Lunatic asylums Bombay report 1878-1890 - 1878-1890
Year: 1878
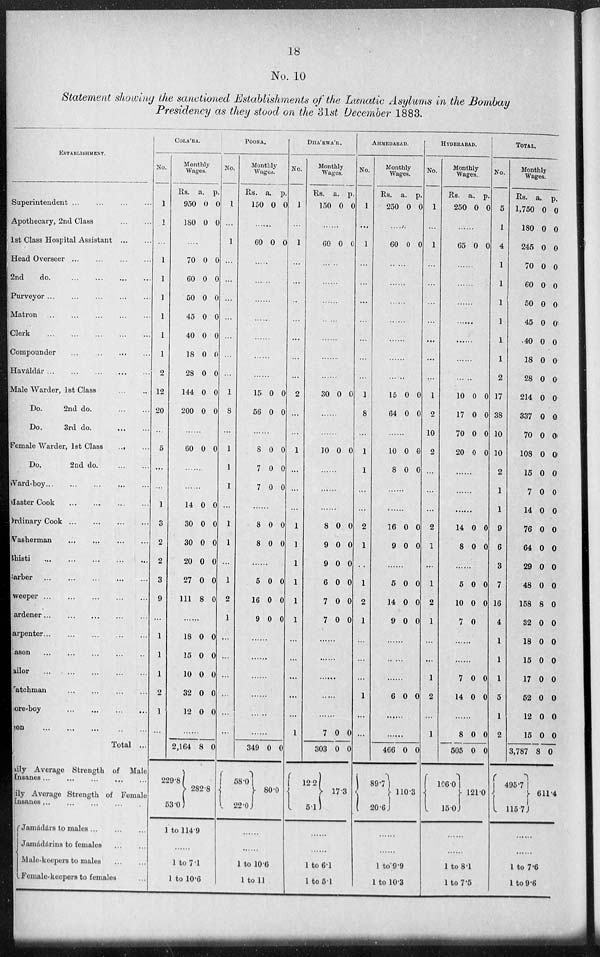
18
No. 10
Statement showing the sanctioned Establishments of the Lunatic Asylums in the Bombay
Presidency as they stood on the 31st December 1883.
ESTABLISHMENT.
Superintendent ... ... ... ...
Apothecary, 2nd Class
...
...
1st Class Hospital Assistant
...
...
Head Overseer... ... ... ...
2nd
do... ... ... ...
Purveyor... ... ... ...
Matron
...
...
...
...
...
Clerk
...
...
...
...
...
Compounder
...
...
...
...
Haváldár...
...
...
...
...
Male Warder, 1st Class
...
...
Do.
2nd do.
...
...
Do.
3rd do.
...
...
Female Warder, 1st Class
...
...
Do.
2nd
do...
...
Ward-boy
...
...
...
...
...
Master Cook
...
...
...
...
Ordinary Cook ... ... ... ...
Washerman ... ... ... ...
Bhisti
...
...
...
...
...
arber ... ... ... ... ...
weeper
...
...
...
...
...
ardener
...
...
...
...
...
arpenter
...
...
...
...
...
ason ... ... ... ... ...
ailor
...
...
...
...
...
atchman
...
...
...
...
ore-boy
...
...
...
...
...
on
...
...
...
...
...
Total ...
ily Average Strength of Male
nsanes
...
...
...
...
...
ily Average Strength of Female
nsanes
...
...
...
...
Jamádárs to males ... ... ...
Jamádárins to females ... ...
Male-keepers to males ... ...
Female-keepers to females ...
COLABA.
No.
1
1
...
1
1
1
1
1
1
2
12
20
...
5
...
...
1
3
2
2
3
9
...
1
1
1
2
1
...
Monthly
Wages.
Rs.
950
180
a.
0
0
p.
0
0
....
70
60
50
45
40
18
28
144
200
0
0
0
0
0
0
0
0
0
0
0
0
0
0
0
0
0
0
......
60 0 0
......
......
14
30
30
20
27
111
0
0
0
0
0
8
0
0
0
0
0
0
......
18
15
10
32
12
0
0
0
0
0
0
0
0
0
0
......
2,164
229.8
53.0
8 0
282.8
1 to 114.9
......
1 to 7.1
1 to 10.6
POONA.
No.
1
...
1
...
...
...
...
...
...
...
1
8
...
1
1
1
...
1
1
...
1
2
1
...
...
...
...
...
...
Monthly
Wages.
Rs.
150
a.
0
p.
0
......
60 0 0
......
......
......
......
......
......
......
15
56
0
0
0
0
......
8
7
7
0
0
0
0
0
0
...
8
8
0
0
0
0
......
5
16
9
0
0
0
0
0
0
......
......
......
......
......
...
349
58.0
22.0
0
0
80.0
......
......
1 to 10.6
1 to 11
DHAEWAR.
No.
1
...
1
...
...
...
...
...
...
...
2
...
...
1
...
...
...
1
1
1
1
1
1
...
...
...
...
...
1
Monthly
Wages.
Rs.
150
a.
0
p.
0
......
60 0 0
......
......
......
......
......
......
......
30 0 0
......
......
10 0 0
......
......
......
8
9
9
6
7
7
0
0
0
0
0
0
0
0
0
0
0
0
......
......
......
......
......
7
303
12.2
5.1
0
0
0
0
17.3
......
......
1 to 6.1
1 to 5.1
AHMEDABAD.
No.
1
...
1
...
...
...
...
...
...
...
1
8
...
1
1
...
...
2
1
...
1
2
1
...
...
...
1
...
...
Monthly
Wages.
Rs.
250
a.
0
p.
0
......
60 0 0
......
......
......
......
......
......
......
15
64
0
0
0
0
......
10
8
0
0
0
0
......
......
16
9
0
0
0
0
......
5
14
9
0
0
0
0
0
0
......
......
......
6 0 0
......
466
89.7
20.6
0 0
110.3
......
......
1 to 9.9
1 to 10.3
HYDERABAD.
No.
1
...
1
...
...
...
...
...
...
...
1
2
10
2
...
...
...
2
1
...
1
2
1
...
...
1
2
...
1
Monthly
Wages.
Rs.
250
a.
0
p.
0
......
65 0 0
......
......
......
......
......
......
10
17
70
20
0
0
0
0
0
0
0
0
......
......
14
8
0
0
0
0
......
5
10
7
0
0
0
0
0
......
......
7
14
0
0
0
0
......
8
505
106.0
15.0
0
0
0
0
121.0
......
......
1 to 8.1
1 to 7.5
TOTAL.
No.
5
1
4
1
1
1
1
1
1
2
17
38
10
10
2
1
1
9
6
3
7
16
4
1
1
1
5
1
2
Monthly
Wages.
Rs.
1,750
180
245
70
60
50
45
40
18
28
214
337
70
108
15
7
14
76
64
29
48
158
32
18
15
17
52
12
15
3,787
495.7
115.7
a.
0
0
0
0
0
0
0
0
0
0
0
0
0
0
0
0
0
0
0
0
0
8
0
0
0
0
0
0
0
8
p.
0
0
0
0
0
6
0
0
0
0
0
0
0
0
0
0
0
0
0
0
0
0
0
0
0
0
0
0
0
0
611.4
......
......
1 to 7.6
1 to 9.6